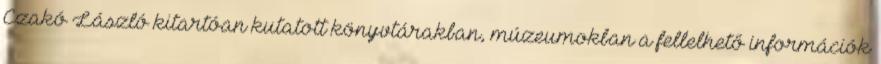
Czakó László kitartóan kutatott könyvtárakban, múzeumokban a fellelhető információk